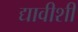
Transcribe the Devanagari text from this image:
द्यावीशी